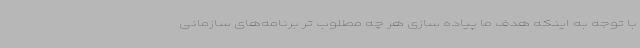
با توجه به اینکه هدف ما پیاده سازی هر چه مطلوب تر برنامه‌های سازمانی